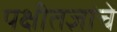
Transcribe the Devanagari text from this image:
पक्षीतज्ञांचे